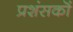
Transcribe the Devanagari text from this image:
प्रशंसकॊं